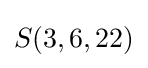
S(3,6,22)